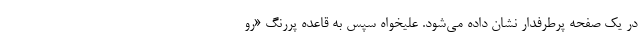
در یک صفحه پرطرفدار نشان داده می‌شود. علیخواه سپس به قاعده پررنگ «رو